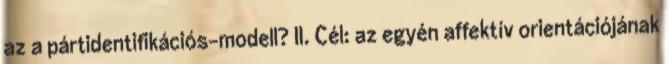
az a pártidentifikációs-modell? II. Cél: az egyén affektív orientációjának